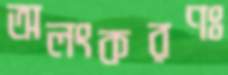
অলংকরণঃ